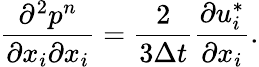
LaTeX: \frac{\partial^{2}p^{n}}{\partial x_{i}\partial x_{i}}=\frac{2}{3\Delta t}\frac{\partial u_{i}^{*}}{\partial x_{i}}.